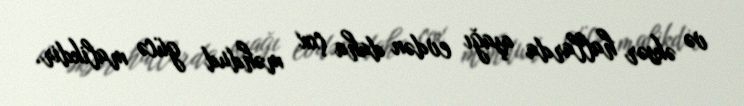
və əksər hallarda aşağı evdən daha çox məhdud gücə malikdir.